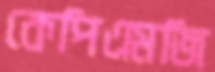
কেপিএমজি